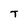
Character: T